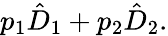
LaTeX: p_{1}\hat{D}_{1}+p_{2}\hat{D}_{2}.